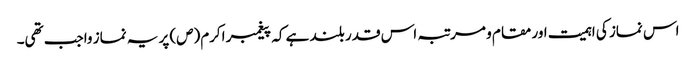
اس نماز کی اہمیت اور مقام و مرتبہ اس قدر بلند ہے کہ پیغمبر اکرم(ص) پر یہ نماز واجب تھی۔